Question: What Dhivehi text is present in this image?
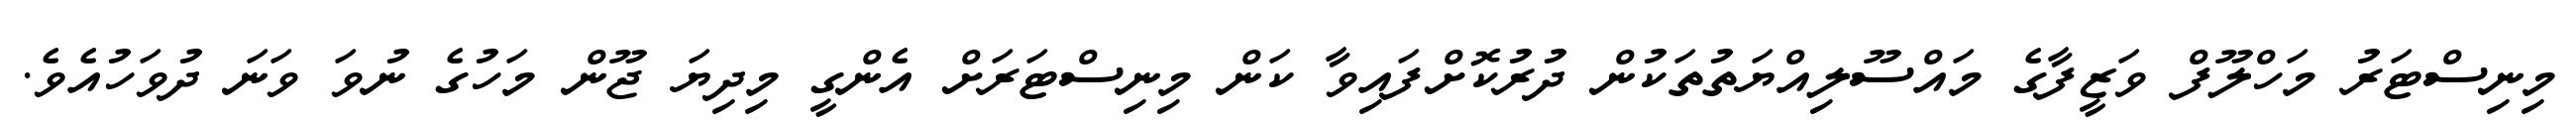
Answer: މިނިސްޓަރު މަހްލޫފް ވަޒީފާގެ މައްސޫލިއްޔަތުތަކުން ދުރުކޮށްފައިވާ ކަން މިނިސްޓަރަށް އެންގީ މިދިޔަ ޖޫން މަހުގެ ނުވަ ވަނަ ދުވަހުއެވެ.